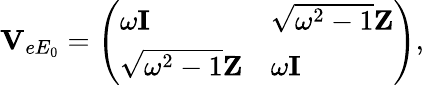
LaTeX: \mathbf{V}_{eE_{0}}=\left(\begin{array}{ll}{\omega\mathbf{I}}&{\sqrt{\omega^{2}-1}\mathbf{Z}}\\ {\sqrt{\omega^{2}-1}\mathbf{Z}}&{\omega\mathbf{I}}\end{array}\right),